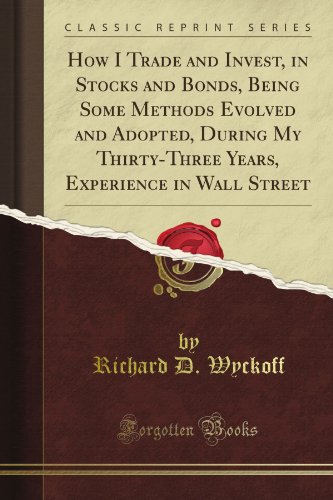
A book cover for How I Trade and Invest, in Stocks and Bonds, Being Some Methods Evolved and Adopted, During My Thirty-Three Years, Experience in Wall Street (Classic Reprint); Richard D. Wyckoff; Business & Money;